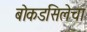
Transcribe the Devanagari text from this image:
बोकडसिलेचा